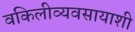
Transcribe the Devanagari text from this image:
वकिलीव्यवसायाशी